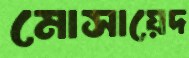
মোসায়েদ